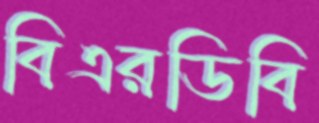
বিএরডিবি